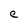
Character: e